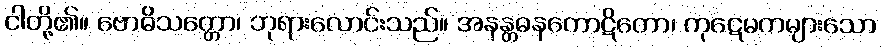
ငါတို့၏။ ဗောဓိသတ္တော၊ ဘုရားလောင်းသည်။ အနန္တဓနကောဋိတော၊ ကုဋေမကများသော